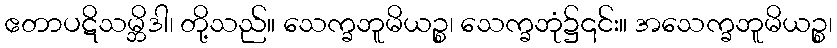
ဧတာပဋိသမ္ဘိဒါ၊ တို့သည်။ သေက္ခဘူမိယဉ္စ၊ သေက္ခဘုံ၌၎င်း။ အသေက္ခဘူမိယဉ္စ၊